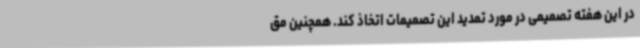
در این هفته تصمیمی در مورد تمدید این تصمیمات اتخاذ کند. همچنین مق